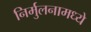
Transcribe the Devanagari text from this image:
निर्मुलनामध्ये